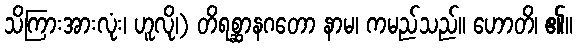
သိကြားအားလုံး၊ ဟူလို၊) တိရစ္ဆာနဂတော နာမ၊ ကမည်သည်။ ဟောတိ၊ ၏။